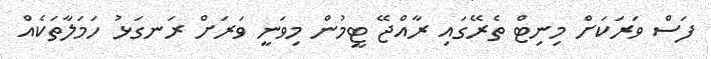
ފަސް ވަރަކަށް މިނިޓް ތެރޭގައި ރާއްޖޭ ޓީމުން މިވަނީ ވަރަށް ރަނގަޅު ހަމަލާތަކެއް